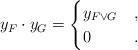
LaTeX: \begin{align*}y_F \cdot y_G = \begin{cases}y_{F \vee G} & ,\\ 0 & .\end{cases} \end{align*}